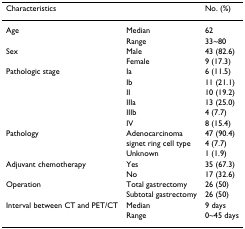
<table><thead><tr><td><b>Characteristics</b></td><td></td><td><b>No. (%)</b></td></tr></thead><tbody><tr><td>Age</td><td>Median</td><td>62</td></tr><tr><td></td><td>Range</td><td>33~80</td></tr><tr><td>Sex</td><td>Male</td><td>43 (82.6)</td></tr><tr><td></td><td>Female</td><td>9 (17.3)</td></tr><tr><td>Pathologic stage</td><td>Ia</td><td>6 (11.5)</td></tr><tr><td></td><td>Ib</td><td>11 (21.1)</td></tr><tr><td></td><td>II</td><td>10 (19.2)</td></tr><tr><td></td><td>IIIa</td><td>13 (25.0)</td></tr><tr><td></td><td>IIIb</td><td>4 (7.7)</td></tr><tr><td></td><td>IV</td><td>8 (15.4)</td></tr><tr><td>Pathology</td><td>Adenocarcinoma</td><td>47 (90.4)</td></tr><tr><td></td><td>signet ring cell type</td><td>4 (7.7)</td></tr><tr><td></td><td>Unknown</td><td>1 (1.9)</td></tr><tr><td>Adjuvant chemotherapy</td><td>Yes</td><td>35 (67.3)</td></tr><tr><td></td><td>No</td><td>17 (32.6)</td></tr><tr><td>Operation</td><td>Total gastrectomy</td><td>26 (50)</td></tr><tr><td></td><td>Subtotal gastrectomy</td><td>26 (50)</td></tr><tr><td>Interval between CT and PET/CT</td><td>Median</td><td>9 days</td></tr><tr><td></td><td>Range</td><td>0~45 days</td></tr></tbody></table>